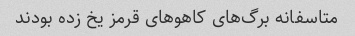
متاسفانه برگ‌های کاهو‌های قرمز یخ زده بودند